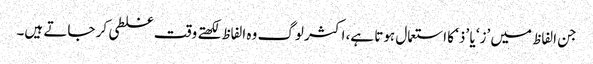
جن الفاظ میں ’ز‘ یا ’ذ‘ کا استعمال ہوتا ہے، اکثر لوگ وہ الفاظ لکھتے وقت غلطی کر جاتے ہیں۔